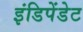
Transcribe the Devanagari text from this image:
इंडिपेंडेट